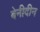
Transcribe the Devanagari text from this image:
बेनीदीन